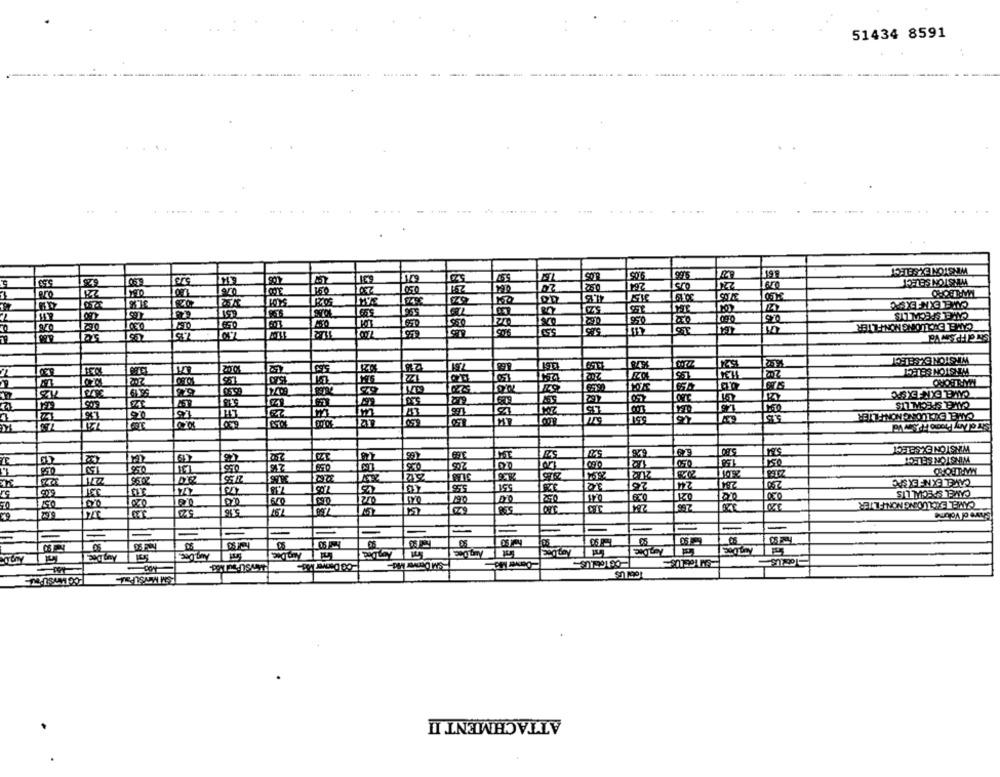
51434 8591
105
3.05
WIESTONEX SELECT
075
WINSTON SELECT
230
050
291
264
MARLBORO
CAREL EXIF EXSPC
TOT
0.56
CAMEL SPECIALLIS
CAMEL EXCLUDING NONFILTER
WINSTON EXSELECT
12
150
WESTON SELECT
MARLBORO
CAMMEL EXNF EXORC
CAMEL SPECIAL LIS
23
CAMEL EXCLUDING NONFILTER
ISit ol Any Promo FP Swv val
CELERE
JEGELEE
ELELEE
GELECE
CELLEE
ERECECI
CCECCE
WINSTONEXSELECT
WINSTON SELECT
0.55
2%
205
1.
212
2601
MARLBORO
20195
2190
CAMEL EXINF EX SAC
3.37
00
079
CAVEL SPECIAL LIS
284
220
CAMEL EXCLUDING NONFILTER
62
Share ol Volume
JEELLER
CELERE
=
=
-
93
-Co Denver MB-
SI Denver Md-
ATTACHMENT II